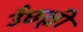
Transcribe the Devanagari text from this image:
उँछल्ली